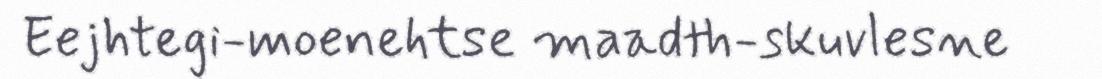
Eejhtegi-moenehtse maadth-skuvlesne